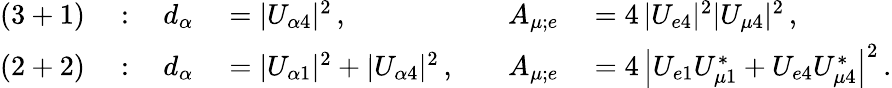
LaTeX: \begin{array}{rlrlrl}{{\mathrm{(3+1)}}}&{{}{{}:\: }}&{{d_{\alpha}}}&{{}{{}=|U_{\alpha 4}|^{2}\, ,\quad}}&{{A_{\mu;e}}}&{{}{{}=4\, |U_{e4}|^{2}|U_{\mu 4}|^{2}\, ,}}\\ {{\mathrm{(2+2)}}}&{{}{{}:\: }}&{{d_{\alpha}}}&{{}{{}=|U_{\alpha 1}|^{2}+|U_{\alpha 4}|^{2}\, ,\quad}}&{{A_{\mu;e}}}&{{}{{}=4\, \left|U_{e1}U_{\mu 1}^{*}+U_{e4}U_{\mu 4}^{*}\right|^{2}\, .}}\end{array}